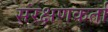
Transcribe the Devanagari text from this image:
संरक्षणकर्ता